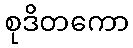
စုဒိတကော